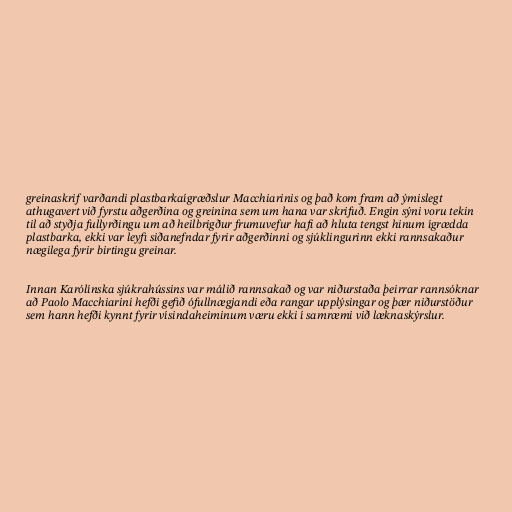
greinaskrif varðandi plastbarkaígræðslur Macchiarinis og það kom fram að ýmislegt
athugavert við fyrstu aðgerðina og greinina sem um hana var skrifuð. Engin sýni voru tekin
til að styðja fullyrðingu um að heilbrigður frumuvefur hafi að hluta tengst hinum ígrædda
plastbarka, ekki var leyfi siðanefndar fyrir aðgerðinni og sjúklingurinn ekki rannsakaður
nægilega fyrir birtingu greinar.

Innan Karólínska sjúkrahússins var málið rannsakað og var niðurstaða þeirrar rannsóknar
að Paolo Macchiarini hefði gefið ófullnægjandi eða rangar upplýsingar og þær niðurstöður
sem hann hefði kynnt fyrir vísindaheiminum væru ekki í samræmi við læknaskýrslur.